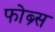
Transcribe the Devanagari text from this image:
फोब्र्स